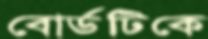
বোর্ডটিকে